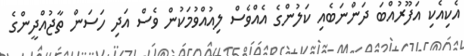
އެކިއެކި އަފޫރުއްބަ ދަންނަބެއި ކަލުންގެ އެއްވެސް ލިއުއްވުމަކުން ވެސް އަދި ހަސަން ތާޖުއްދީންގެ